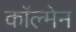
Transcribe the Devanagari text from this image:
काॅल्मेन